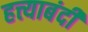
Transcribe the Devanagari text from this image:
हत्त्याबंदी